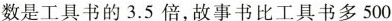
数是工具书的3.5倍，故事书比工具书多500